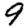
Digit: 9